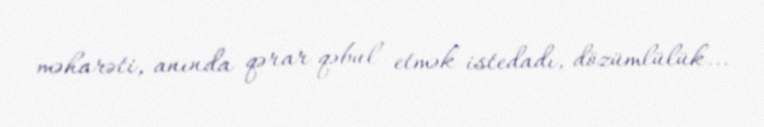
məharəti, anında qərar qəbul etmək istedadı, dözümlülük...